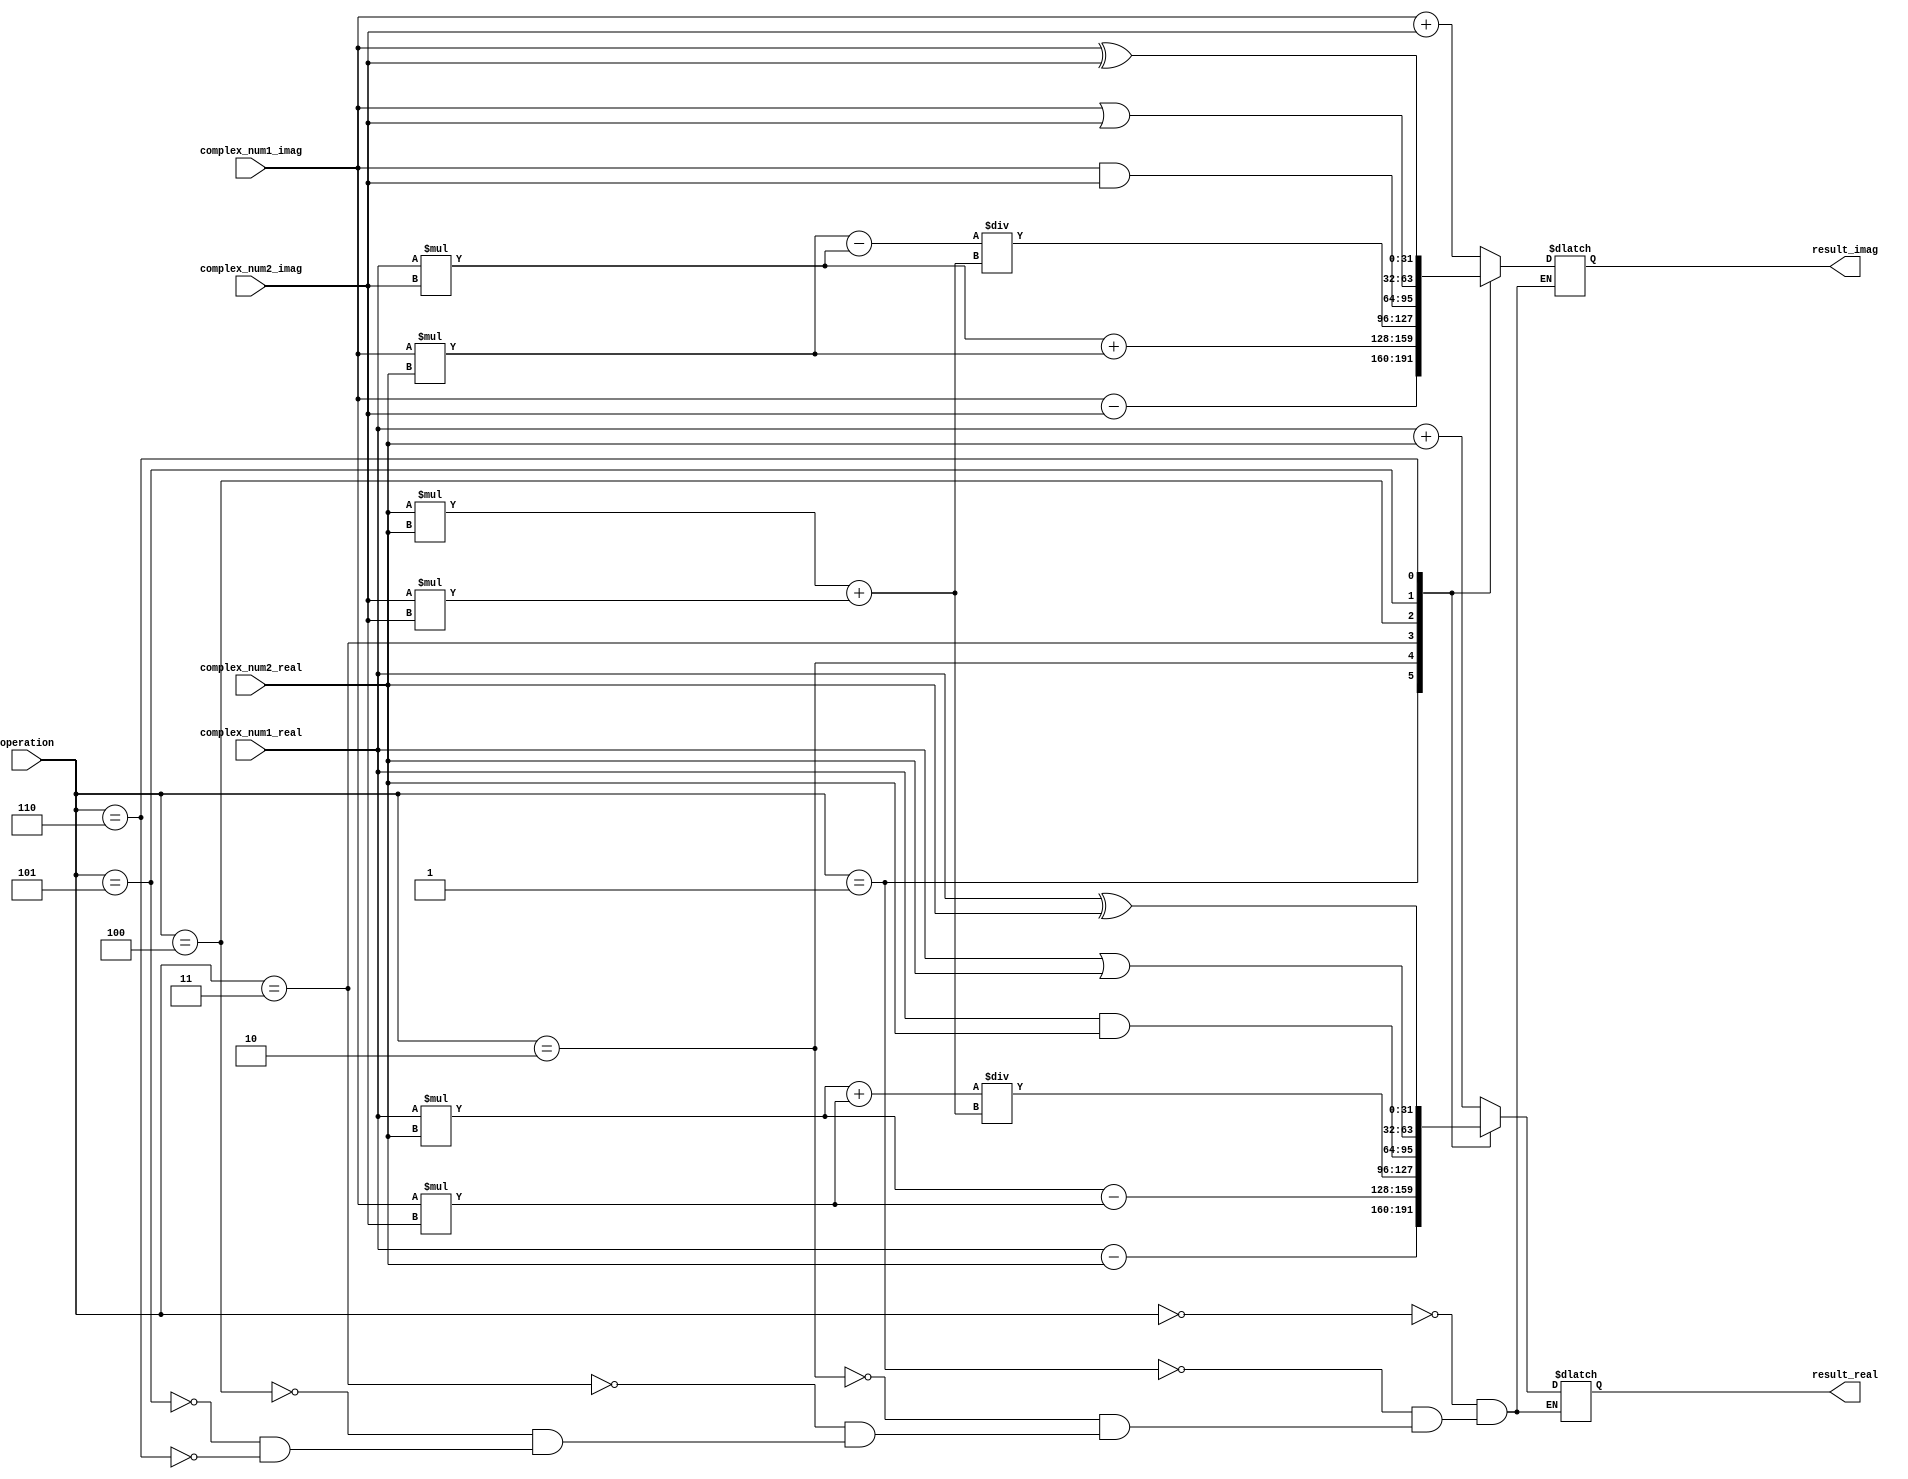
module Complex_ALU (
    input wire [31:0] complex_num1_real,    // Real part of complex number 1
    input wire [31:0] complex_num1_imag,    // Imaginary part of complex number 1
    input wire [31:0] complex_num2_real,    // Real part of complex number 2
    input wire [31:0] complex_num2_imag,    // Imaginary part of complex number 2
    input wire [2:0] operation,              // Specify operation (0: add, 1: subtract, 2: multiply, 3: divide, 4: AND, 5: OR, 6: XOR)
    output reg [31:0] result_real,           // Real part of the result
    output reg [31:0] result_imag            // Imaginary part of the result
);

// Internal signals
reg [31:0] temp_real, temp_imag;

// ALU operations
always @*
begin
    case(operation)
        0:  // Addition
        begin
            result_real = complex_num1_real + complex_num2_real;
            result_imag = complex_num1_imag + complex_num2_imag;
        end
        
        1:  // Subtraction
        begin
            result_real = complex_num1_real - complex_num2_real;
            result_imag = complex_num1_imag - complex_num2_imag;
        end
        
        2:  // Multiplication
        begin
            result_real = (complex_num1_real * complex_num2_real) - (complex_num1_imag * complex_num2_imag);
            result_imag = (complex_num1_real * complex_num2_imag) + (complex_num1_imag * complex_num2_real);
        end
        
        3:  // Division
        begin
            result_real = ((complex_num1_real * complex_num2_real) + (complex_num1_imag * complex_num2_imag)) / ((complex_num2_real * complex_num2_real) + (complex_num2_imag * complex_num2_imag));
            result_imag = ((complex_num1_imag * complex_num2_real) - (complex_num1_real * complex_num2_imag)) / ((complex_num2_real * complex_num2_real) + (complex_num2_imag * complex_num2_imag));
        end
        
        4:  // AND
        begin
            result_real = complex_num1_real & complex_num2_real;
            result_imag = complex_num1_imag & complex_num2_imag;
        end
        
        5:  // OR
        begin
            result_real = complex_num1_real | complex_num2_real;
            result_imag = complex_num1_imag | complex_num2_imag;
        end
        
        6:  // XOR
        begin
            result_real = complex_num1_real ^ complex_num2_real;
            result_imag = complex_num1_imag ^ complex_num2_imag;
        end
    endcase
end

endmodule